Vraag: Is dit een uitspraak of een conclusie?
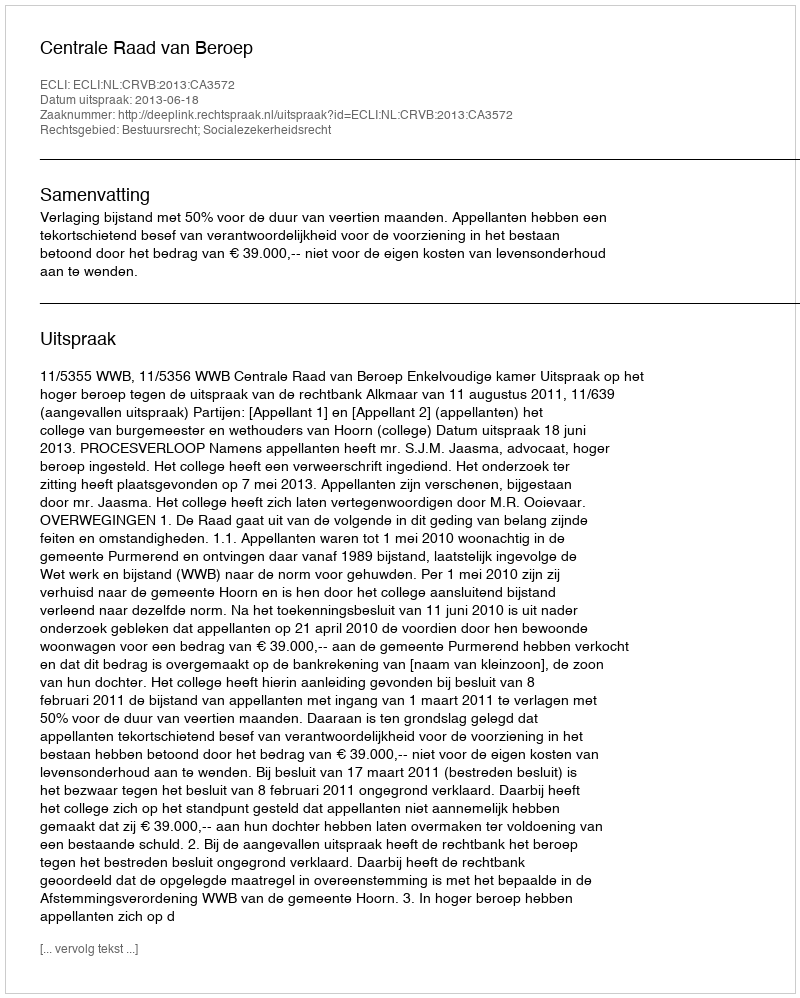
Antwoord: Uitspraak